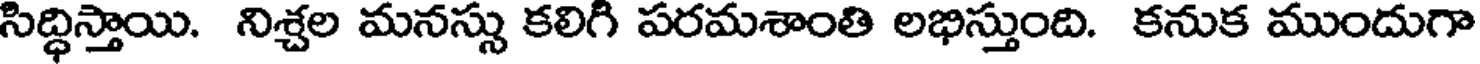
సిద్ధిస్తాయి. నిశ్చల మనస్సు కలిగి పరమశాంతి లభిస్తుంది. కనుక ముందుగా